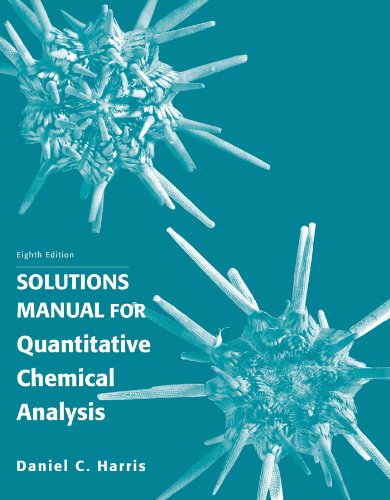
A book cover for Solution Manual for Quantitative Chemical Analysis; Daniel C. Harris; Science & Math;